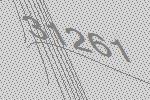
31261